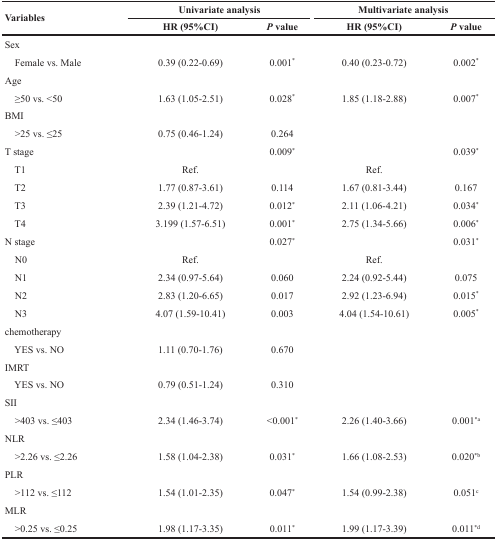
<table><thead><tr><td rowspan="2"><b>Variables </b></td><td colspan="2"><b>Univariate analysis</b></td><td colspan="2"><b>Multivariate analysis</b></td></tr><tr><td><b>HR (95%CI)</b></td><td><b><i>P</i> value</b></td><td><b>HR (95%CI)</b></td><td><b><i>P</i> value</b></td></tr></thead><tbody><tr><td>Sex</td><td></td><td></td><td></td><td></td></tr><tr><td> Female vs. Male</td><td>0.39 (0.22-0.69)</td><td>0.001<sup>*</sup></td><td>0.40 (0.23-0.72)</td><td>0.002<sup>*</sup></td></tr><tr><td>Age</td><td></td><td></td><td></td><td></td></tr><tr><td> ≥50 vs. &lt;50</td><td>1.63 (1.05-2.51)</td><td>0.028<sup>*</sup></td><td>1.85 (1.18-2.88)</td><td>0.007<sup>*</sup></td></tr><tr><td>BMI</td><td></td><td></td><td></td><td></td></tr><tr><td> &gt;25 vs. ≤25</td><td>0.75 (0.46-1.24)</td><td>0.264</td><td></td><td></td></tr><tr><td>T stage</td><td></td><td>0.009<sup>*</sup></td><td></td><td>0.039<sup>*</sup></td></tr><tr><td> T1</td><td>Ref.</td><td></td><td>Ref.</td><td></td></tr><tr><td> T2</td><td>1.77 (0.87-3.61)</td><td>0.114</td><td>1.67 (0.81-3.44)</td><td>0.167</td></tr><tr><td> T3</td><td>2.39 (1.21-4.72)</td><td>0.012<sup>*</sup></td><td>2.11 (1.06-4.21)</td><td>0.034<sup>*</sup></td></tr><tr><td> T4</td><td>3.199 (1.57-6.51)</td><td>0.001<sup>*</sup></td><td>2.75 (1.34-5.66)</td><td>0.006<sup>*</sup></td></tr><tr><td>N stage</td><td></td><td>0.027<sup>*</sup></td><td></td><td>0.031<sup>*</sup></td></tr><tr><td> N0</td><td>Ref.</td><td></td><td>Ref.</td><td></td></tr><tr><td> N1</td><td>2.34 (0.97-5.64)</td><td>0.060</td><td>2.24 (0.92-5.44)</td><td>0.075</td></tr><tr><td> N2</td><td>2.83 (1.20-6.65)</td><td>0.017</td><td>2.92 (1.23-6.94)</td><td>0.015<sup>*</sup></td></tr><tr><td> N3</td><td>4.07 (1.59-10.41)</td><td>0.003</td><td>4.04 (1.54-10.61)</td><td>0.005<sup>*</sup></td></tr><tr><td>chemotherapy</td><td></td><td></td><td></td><td></td></tr><tr><td> YES vs. NO</td><td>1.11 (0.70-1.76)</td><td>0.670</td><td></td><td></td></tr><tr><td>IMRT</td><td></td><td></td><td></td><td></td></tr><tr><td> YES vs. NO</td><td>0.79 (0.51-1.24)</td><td>0.310</td><td></td><td></td></tr><tr><td>SII</td><td></td><td></td><td></td><td></td></tr><tr><td> &gt;403 vs. ≤403</td><td>2.34 (1.46-3.74)</td><td>&lt;0.001<sup>*</sup></td><td>2.26 (1.40-3.66)</td><td>0.001<sup>*a</sup></td></tr><tr><td>NLR</td><td></td><td></td><td></td><td></td></tr><tr><td> &gt;2.26 vs. ≤2.26</td><td>1.58 (1.04-2.38)</td><td>0.031<sup>*</sup></td><td>1.66 (1.08-2.53)</td><td>0.020<sup>*b</sup></td></tr><tr><td>PLR</td><td></td><td></td><td></td><td></td></tr><tr><td> &gt;112 vs. ≤112</td><td>1.54 (1.01-2.35)</td><td>0.047<sup>*</sup></td><td>1.54 (0.99-2.38)</td><td>0.051<sup>c</sup></td></tr><tr><td>MLR</td><td></td><td></td><td></td><td></td></tr><tr><td> &gt;0.25 vs. ≤0.25</td><td>1.98 (1.17-3.35)</td><td>0.011<sup>*</sup></td><td>1.99 (1.17-3.39)</td><td>0.011<sup>*d</sup></td></tr></tbody></table>